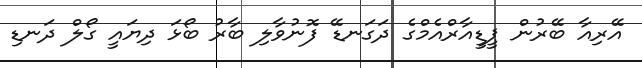
އޭރިއާ ބޭރުން ޕީޑީއާރްއެމްގެ ދަގަނޑޭ ފޮނުވާލި ބާރު ބޯޅަ ދިޔައީ ގޯލް ދަނޑި